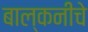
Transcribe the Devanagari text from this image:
बाल्कनीचे